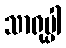
သာရုပ္ပါ